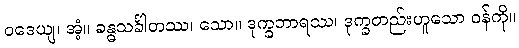
ဝဒေယျ၊ အံ့။ ခန္ဓသင်္ခါတဿ၊ သော။ ဒုက္ခဘာရဿ၊ ဒုက္ခတည်းဟူသော ဝန်ကို။